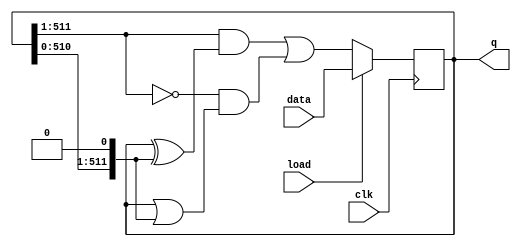
module top_module(
    input clk,
    input load,
    input [511:0] data,
    output [511:0] q
); 

    wire [$bits(data)-1:0] left, center, right;
    assign left = {1'h0, q[511:1]};
    assign center = q;
    assign right = {q[510:0], 1'h0};
    
    always @(posedge clk)begin
        if(load)
            q <= data;
        else
            q <= ( left&(center^right) ) | ( (~left)&(center|right) );
    end
    
endmodule